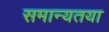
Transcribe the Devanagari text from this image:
समान्यतया